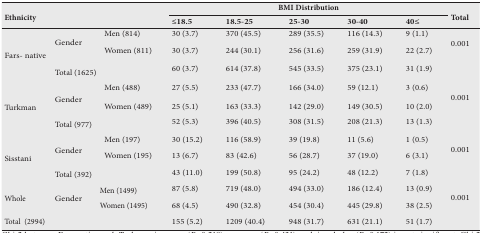
<table><thead><tr><td colspan="4" rowspan="2"><b>Ethnicity</b></td><td colspan="5"><b>BMI Distribution</b></td><td rowspan="2"><b>Total</b></td></tr><tr><td><b>≤18.5</b></td><td><b>18.5-25</b></td><td><b>25-30</b></td><td><b>30-40</b></td><td><b>40≤</b></td></tr></thead><tbody><tr><td rowspan="3">Fars- native</td><td colspan="2" rowspan="2">Gender</td><td>Men(814)</td><td>30(3.7)</td><td>370(45.5)</td><td>289(35.5)</td><td>116(14.3)</td><td>9(1.1)</td><td rowspan="2">0.001</td></tr><tr><td>Women(811)</td><td>30(3.7)</td><td>244(30.1)</td><td>256(31.6)</td><td>259(31.9)</td><td>22(2.7)</td></tr><tr><td>Total(1625)</td><td>[EMPTY_CELL]</td><td>[EMPTY_CELL]</td><td>[EMPTY_CELL]</td><td>60(3.7)</td><td>614(37.8)</td><td>545(33.5)</td><td>375(23.1)</td><td>31(1.9)</td><td>[EMPTY_CELL]</td></tr><tr><td rowspan="3">Turkman</td><td colspan="2" rowspan="2">Gender</td><td>Men(488)</td><td>27(5.5)</td><td>233(47.7)</td><td>166(34.0)</td><td>59(12.1)</td><td>3(0.6)</td><td rowspan="2">0.001</td></tr><tr><td>Women(489)</td><td>25(5.1)</td><td>163(33.3)</td><td>142(29.0)</td><td>149(30.5)</td><td>10(2.0)</td></tr><tr><td>Total(977)</td><td>[EMPTY_CELL]</td><td>[EMPTY_CELL]</td><td>[EMPTY_CELL]</td><td>52(5.3)</td><td>396(40.5)</td><td>308(31.5)</td><td>208(21.3)</td><td>13(1.3)</td><td>[EMPTY_CELL]</td></tr><tr><td rowspan="3">Sisstani</td><td colspan="2" rowspan="2">Gender</td><td>Men(197)</td><td>30(15.2)</td><td>116(58.9)</td><td>39(19.8)</td><td>11(5.6)</td><td>1(0.5)</td><td rowspan="2">0.001</td></tr><tr><td>Women(195)</td><td>13(6.7)</td><td>83(42.6)</td><td>56(28.7)</td><td>37(19.0)</td><td>6(3.1)</td></tr><tr><td>Total(392)</td><td>[EMPTY_CELL]</td><td>[EMPTY_CELL]</td><td>[EMPTY_CELL]</td><td>43(11.0)</td><td>199(50.8)</td><td>95(24.2)</td><td>48(12.2)</td><td>7(1.8)</td><td>[EMPTY_CELL]</td></tr><tr><td rowspan="2">Whole</td><td colspan="2" rowspan="2">Gender</td><td>Men(1499)</td><td>87(5.8)</td><td>719(48.0)</td><td>494(33.0)</td><td>186(12.4)</td><td>13(0.9)</td><td rowspan="2">0.001</td></tr><tr><td>Women(1495)</td><td>68(4.5)</td><td>490(32.8)</td><td>454(30.4)</td><td>445(29.8)</td><td>38(2.5)</td></tr><tr><td>Total (2994)</td><td>[EMPTY_CELL]</td><td>[EMPTY_CELL]</td><td>[EMPTY_CELL]</td><td>155(5.2)</td><td>1209(40.4)</td><td>948(31.7)</td><td>631(21.1)</td><td>51(1.7)</td><td>[EMPTY_CELL]</td></tr></tbody></table>